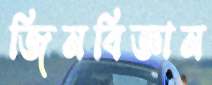
জিনবিজ্ঞান